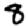
Digit: 8